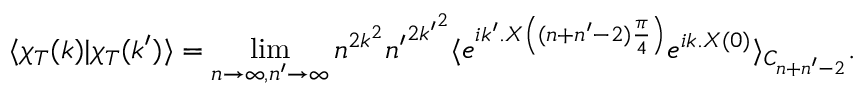
\langle \chi _ { T } ( k ) | \chi _ { T } ( k ^ { \prime } ) \rangle = \operatorname * { l i m } _ { n \to \infty , n ^ { \prime } \to \infty } n ^ { 2 k ^ { 2 } } { n ^ { \prime } } ^ { 2 { k ^ { \prime } } ^ { 2 } } \langle e ^ { i k ^ { \prime } . X \left( ( n + n ^ { \prime } - 2 ) \frac { \pi } { 4 } \right) } e ^ { i k . X ( 0 ) } \rangle _ { C _ { n + n ^ { \prime } - 2 } } .